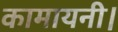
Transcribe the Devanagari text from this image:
कामायनी।